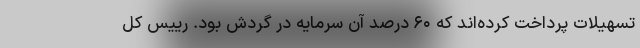
تسهیلات پرداخت کرده‌اند که ۶۰ درصد آن سرمایه در گردش بود. رییس کل